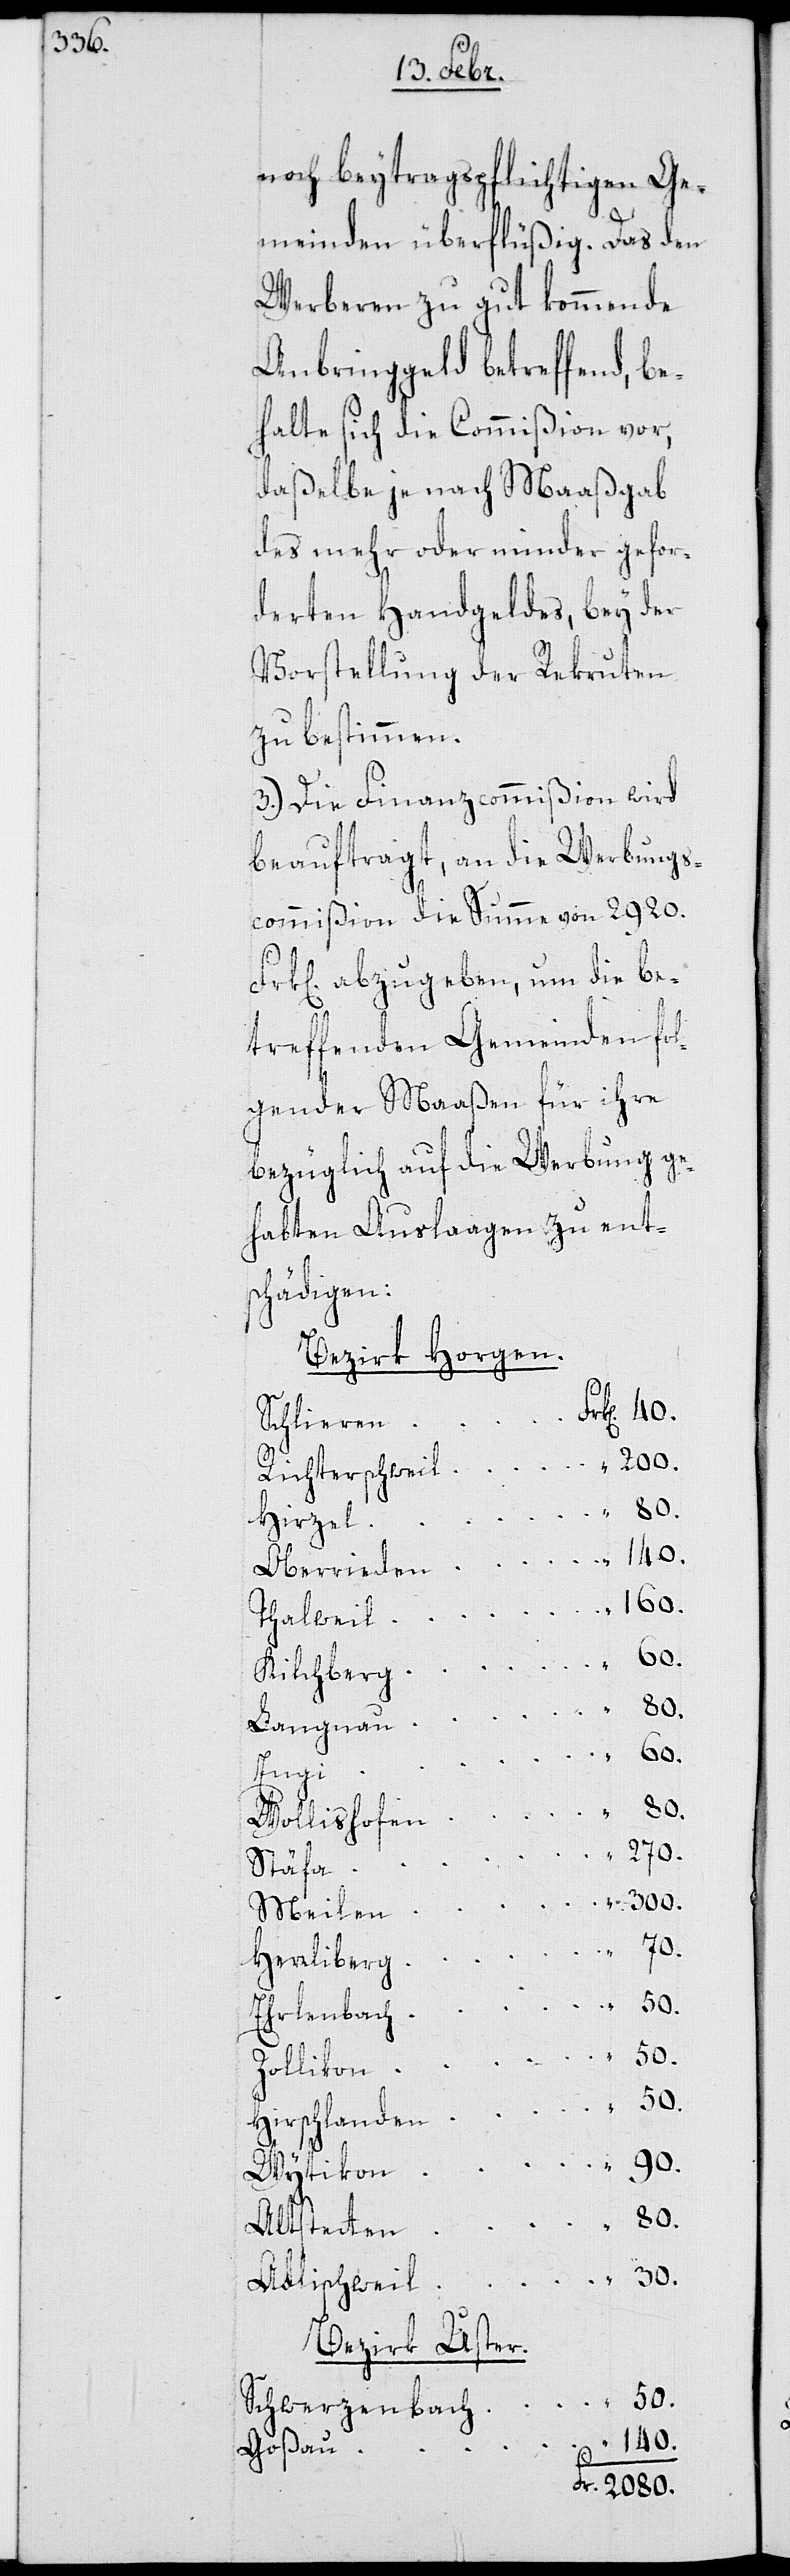
noch beytragspflichtigen Ge¬
meinden überflüßig. Das den
Werberen zu gut kommende
Anbringgeld betreffend, be¬
halte sich die Commißion vor,
daßelbe je nach Maaßgab
des mehr oder minder gefor¬
derten Handgeldes, bey der
Vorstellung der Rekruten
zu bestimmen.
3.) Die Finanzcommißion wird
beauftragt, an die Werbungs¬
commißion die Summe von 2920.
Frk[en]. abzugeben, um die be¬
treffenden Gemeinden fol¬
gender Maaßen für ihre
bezüglich auf die Werbung ge¬
habten Auslaagen zu ent¬
schädigen:
Bezirk Horgen.
Schlieren
2080.
Richterschweil
Hirzel
Oberrieden
Langnau
Wollishofen
“
Stäfa
“
Meilen
70.
Herrliberg
Erlenbach
Zollikon
90.
“
Wytikon
Altstetten
Adlischweil
Bezirk Uster
Schwerzenbach
140.
Goßau